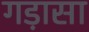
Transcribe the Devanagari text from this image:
गड़ासा